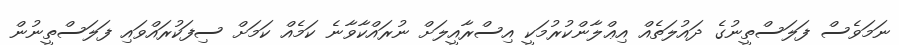
ނަމަވެސް ފަލަސްތީނުގެ ދައުލަތެއް އިޢްލާންކުރުމަކީ އިސްރާއީލަށް ނުރައްކާވާނެ ކަމެއް ކަމަށް ސިފަކުރައްވައި ފަލަސްތީނުން